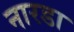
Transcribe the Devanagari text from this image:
नारडा